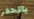
بالحفر